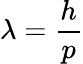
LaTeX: \lambda={\frac{h}{p}}